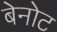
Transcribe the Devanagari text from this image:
बेनोट